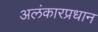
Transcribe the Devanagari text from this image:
अलंकारप्रधान